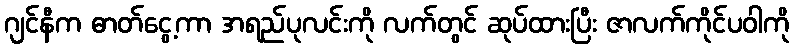
ဂျင်နီက ဓာတ်ငွေ့ကာ အရည်ပုလင်းကို လက်တွင် ဆုပ်ထားပြီး ဇာလက်ကိုင်ပဝါကို